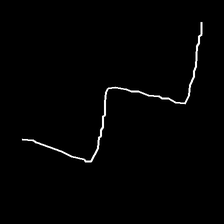
Glyph: crush